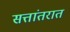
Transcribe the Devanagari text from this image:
सत्तांतरात